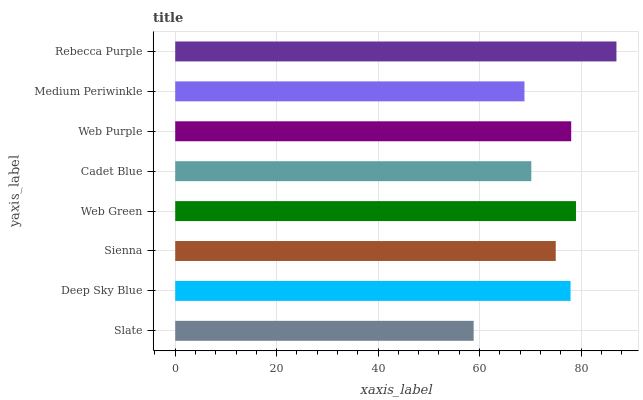
| yaxis_label | bars |
 | --- | --- |
 | Slate | 58.8 |
 | Deep Sky Blue | 77.9 |
 | Sienna | 75 |
 | Web Green | 79 |
 | Cadet Blue | 70.2 |
 | Web Purple | 78.1 |
 | Medium Periwinkle | 68.9 |
 | Rebecca Purple | 87 |